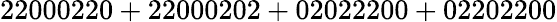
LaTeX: \mathrm{22000220+22000202+02022200+02202200}